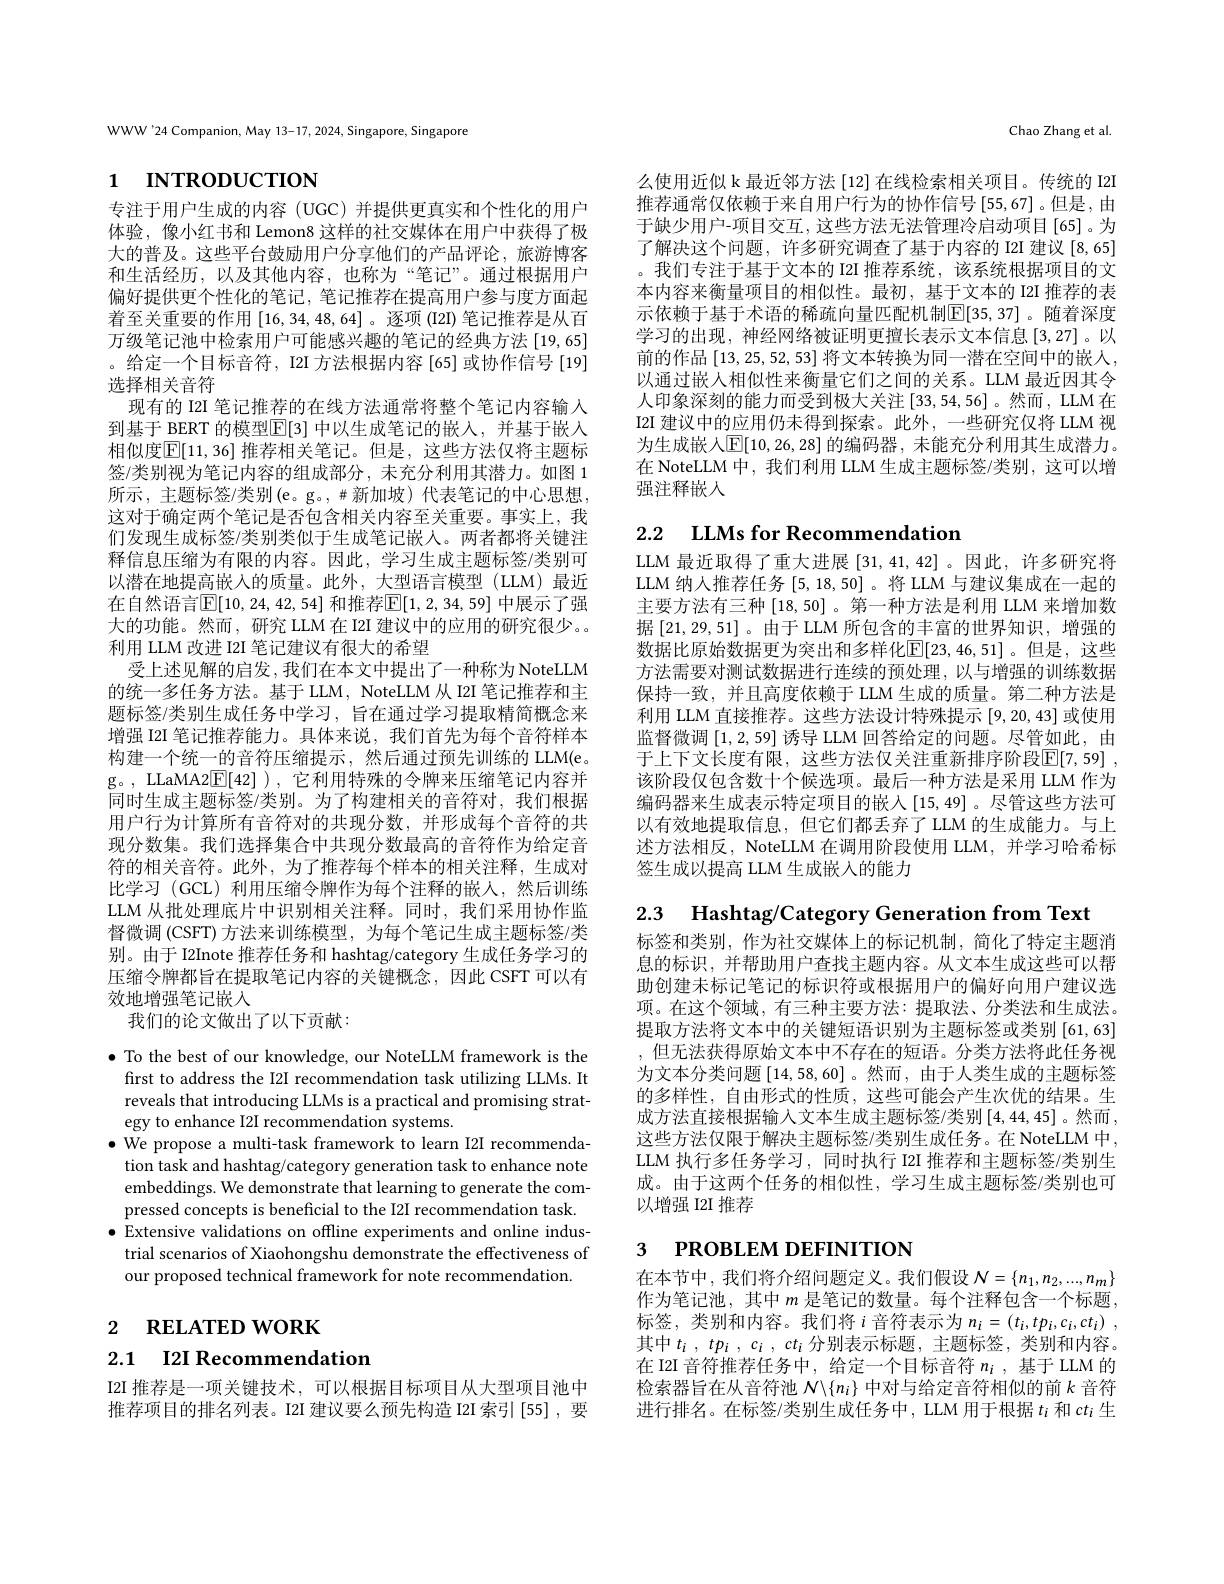
WWW'24 Companion, May 13-17, 2024, Singapore, Singapore

# 1 INTRODUCTION

专注于用户生成的内容(UGC)并提供更真实和个性化的用户体验，像小红书和 Lemon8 这样的社交媒体在用户中获得了极大的普及。这些平台鼓励用户分享他们的产品评论，旅游博客和生活经历，以及其他内容，也称为“笔记”。通过根据用户偏好提供更个性化的笔记，笔记推荐在提高用户参与度方面起着至关重要的作用[16,34,48,64] 。逐项 (I2I) 笔记推荐是从百万级笔记池中检索用户可能感兴趣的笔记的经典方法[19,65] 。给定一个目标音符，I2I 方法根据内容[65]或协作信号[19] 选择相关音符
现有的 I2I 笔记推荐的在线方法通常将整个笔记内容输入到基于 BERT 的模型$\mathbb{E}[3]$ 中以生成笔记的嵌人，并基于嵌入相似度$\overline{\mathbb{E}}[11,36]$ 推荐相关笔记。但是，这些方法仅将主题标签/类别视为笔记内容的组成部分，未充分利用其潜力。如图 1所示，主题标签/类别(e。g。,并新加坡)代表笔记的中心思想， 这对于确定两个笔记是否包含相关内容至关重要。事实上，我们发现生成标签/类别类似于生成笔记嵌入。两者都将关键注释信息压缩为有限的内容。因此，学习生成主题标签/类别可以潜在地提高嵌入的质量。此外，大型语言模型(LLM)最近在自然语言$\overline{\mathbb{E}}[10,24,42,54]$ 和推荐$\mathbb{E}[1,2,34,59]$ 中展示了强大的功能。然而，研究 LLM 在 I2I 建议中的应用的研究很少。。利用 LLM 改进 I2I 笔记建议有很大的希望
受上述见解的启发，我们在本文中提出了一种称为 NoteLLM 的统一多任务方法。基于 LLM, NoteLLM 从 I2I 笔记推荐和主题标签/类别生成任务中学习，旨在通过学习提取精简概念来增强 I2I 笔记推荐能力。具体来说，我们首先为每个音符样本构建一个统一的音符压缩提示，然后通过预先训练的 LLM(e。g。, LLaMA2$\overline{\mathrm{E}}[42]$ ), 它利用特殊的令牌来压缩笔记内容并同时生成主题标签/类别。为了构建相关的音符对，我们根据用户行为计算所有音符对的共现分数，并形成每个音符的共现分数集。我们选择集合中共现分数最高的音符作为给定音符的相关音符。此外，为了推荐每个样本的相关注释，生成对比学习 (GCL) 利用压缩令牌作为每个注释的嵌人，然后训练LLM 从批处理底片中识别相关注释。同时，我们采用协作监督微调 (CSFT) 方法来训练模型，为每个笔记生成主题标签/类别。由于 I2Inote 推荐任务和 hashtag/category 生成任务学习的压缩令牌都旨在提取笔记内容的关键概念，因此 CSFT 可以有效地增强笔记嵌入
我们的论文做出了以下贡献：

$\bullet$ To the best of our knowledge, our NoteLLM framework is the
first to address the I2I recommendation task utilizing LLMs. It reveals that introducing LLMs is a practical and promising strategy to enhance I2I recommendation systems.
$\bullet$ We propose a multi-task framework to learn I2I recommendation task and hashtag/category generation task to enhance note embeddings. We demonstrate that learning to generate the compressed concepts is beneficial to the I2I recommendation task.
$\bullet$ Extensive validations on offline experiments and online indus-
trial scenarios of Xiaohongshu demonstrate the effectiveness of
our proposed technical framework for note recommendation.

2 RELATED WORK

## 2.1 I2I Recommendation

I2I 推荐是一项关键技术，可以根据目标项目从大型项目池中推荐项目的排名列表。I2I 建议要么预先构造 I2I 索引[55],要

Chao Zhang et al.

么使用近似 k 最近邻方法 [12] 在线检索相关项目。传统的 I2I 推荐通常仅依赖于来自用户行为的协作信号[55,67]。但是，由于缺少用户-项目交互，这些方法无法管理冷启动项目[65]。为了解决这个问题，许多研究调查了基于内容的 I2I 建议[8,65] 。我们专注于基于文本的 I2I 推荐系统，该系统根据项目的文本内容来衡量项目的相似性。最初，基于文本的 I2I 推荐的表示依赖于基于术语的稀疏向量匹配机制$\mathbb{E}[35,37]$。随着深度学习的出现，神经网络被证明更擅长表示文本信息[3,27]。以前的作品 [13,25,52,53] 将文本转换为同一潜在空间中的嵌人， 以通过嵌人相似性来衡量它们之间的关系。LLM 最近因其令人印象深刻的能力而受到极大关注[33,54,56] 。然而，LLM 在I2I 建议中的应用仍未得到探索。此外，一些研究仅将 LLM 视为生成嵌入$\mathbb{E}[10,26,28]$ 的编码器 ,未能充分利用其生成潜力。在 NoteLLM 中，我们利用 LLM 生成主题标签/类别，这可以增强注释嵌人

## 2.2 $\textbf{LLMs for Recommendation}$

LLM 最近取得了重大进展[31,41,42]。因此，许多研究将LLM 纳人推荐任务[5,18,50] 。将 LLM 与建议集成在一起的主要方法有三种[18,50] 。第一种方法是利用 LLM 来增加数据[21,29,51]。由于 LLM 所包含的丰富的世界知识，增强的数据比原始数据更为突出和多样化$\mathbb{E}[23,46,51]$。但是，这些方法需要对测试数据进行连续的预处理，以与增强的训练数据保持一致，并且高度依赖于 LLM 生成的质量。第二种方法是利用 LLM 直接推荐。这些方法设计特殊提示[9,20,43]或使用监督微调[1,2,59]诱导 LLM 回答给定的问题。尽管如此，由于上下文长度有限，这些方法仅关注重新排序阶段$\overline {\mathbb{E} }[ 7, 59]$ , 该阶段仅包含数十个候选项。最后一种方法是采用 LLM 作为编码器来生成表示特定项目的嵌入[15,49]。尽管这些方法可以有效地提取信息，但它们都丢弃了 LLM 的生成能力。与上述方法相反，NoteLLM 在调用阶段使用 LLM, 并学习哈希标签生成以提高 LLM 生成嵌入的能力

2.3 Hashtag/Category Generation from Text
标签和类别，作为社交媒体上的标记机制，简化了特定主题消息的标识，并帮助用户查找主题内容。从文本生成这些可以帮助创建未标记笔记的标识符或根据用户的偏好向用户建议选项。在这个领域，有三种主要方法：提取法、分类法和生成法。提取方法将文本中的关键短语识别为主题标签或类别 [61,63] ,但无法获得原始文本中不存在的短语。分类方法将此任务视为文本分类问题[14,58,60] 。然而 ,由于人类生成的主题标签的多样性，自由形式的性质，这些可能会产生次优的结果。生成方法直接根据输入文本生成主题标签/类别$\left[4,44,45\right]$。然而， 这些方法仅限于解决主题标签/类别生成任务。在 NoteLLM 中， LLM 执行多任务学习，同时执行 I2I 推荐和主题标签/类别生成。由于这两个任务的相似性，学习生成主题标签/类别也可以增强 I2I 推荐

# 3 PROBLEM DEFINITION

在本节中，我们将介绍问题定义。我们假设$N=\{n_1,n_2,...,n_m\}$ 作为笔记池，其中$m$是笔记的数量。每个注释包含一个标题， 标签，类别和内容。我们将$i$ 音符表示为$n_i= ( t_i, tp_i, c_i, ct_i)$ , 其中$t_i$ , $tp_i$ , $c_i$ , $ct_i$ 分别表示标题，主题标签，类别和内容。在 I2I 音符推荐任务中，给定一个目标音符$n_i$ ,基于 LLM 的检索器旨在从音符池$\mathcal{N}\backslash\{n_i\}$中对与给定音符相似的前$k$音符进行排名。在标签/类别生成任务中，LLM 用于根据$t_i$和$ct_i$生